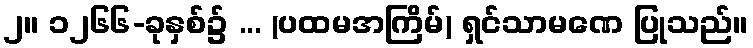
၂။ ၁၂၆၆-ခုနှစ်၌ ... (ပထမအကြိမ်) ရှင်သာမဏေ ပြုသည်။